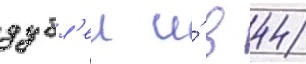
дубл'еи и́ в 44